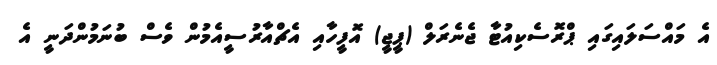
އެ މައްސަލައިގައި ޕްރޮސެކިއުޓާ ޖެނެރަލް (ޕީޖީ) އޮފީހާއި އެޗްއާރުސީއެމުން ވެސް ބުނަމުންދަނީ އެ